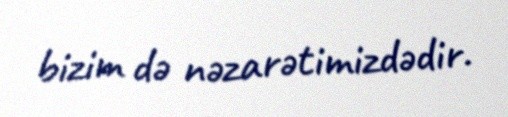
bizim də nəzarətimizdədir.